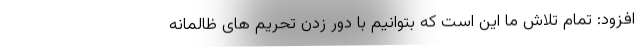
افزود: تمام تلاش ما این است که بتوانیم با دور زدن تحریم های ظالمانه